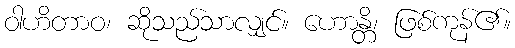
ဝါဟိတာဝ၊ ဆိုသည်သာလျှင်။ ဟောန္တိ၊ ဖြစ်ကုန်၏။